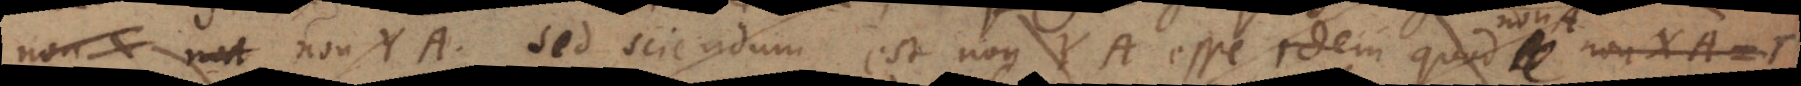
non YA. Sed sciendum est non YA esse idem quod A non XA =